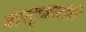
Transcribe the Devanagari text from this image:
वास्तुकारांनी